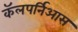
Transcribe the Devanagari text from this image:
कॅलपर्निआस